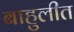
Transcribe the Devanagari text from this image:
बाहुलीत